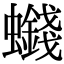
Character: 𮕒